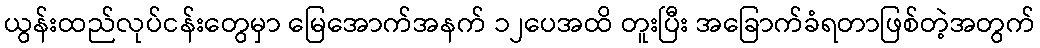
ယွန်းထည်လုပ်ငန်းတွေမှာ မြေအောက်အနက် ၁၂ပေအထိ တူးပြီး အခြောက်ခံရတာဖြစ်တဲ့အတွက်